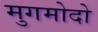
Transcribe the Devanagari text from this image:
मुगमोदो